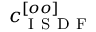
c _ { \mathrm { ~ I ~ S ~ D ~ F ~ } } ^ { [ o o ] }